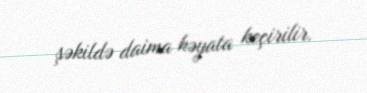
şəkildə daima həyata keçirilir.